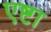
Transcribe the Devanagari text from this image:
एष्टा